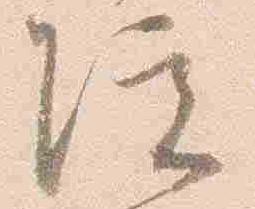
院